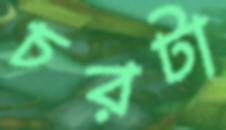
চরটা